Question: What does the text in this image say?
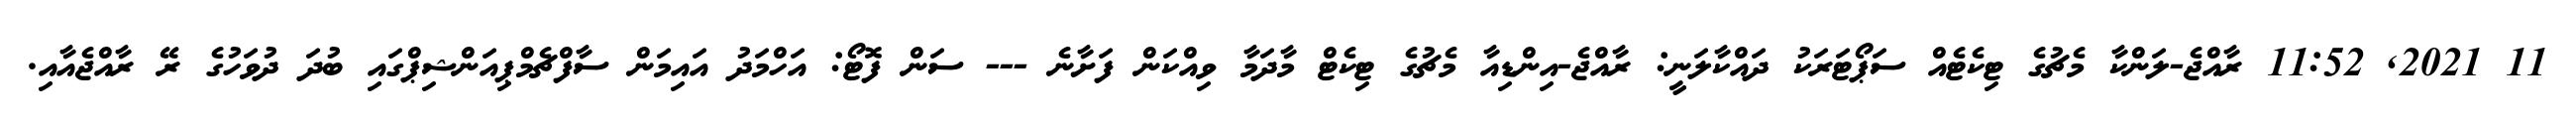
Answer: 11 2021, 11:52 ރާއްޖެ-ލަންކާ މެޗުގެ ޓިކެޓެއް ސަޕޯޓަރަކު ދައްކާލަނީ: ރާއްޖެ-އިންޑިއާ މެޗުގެ ޓިކެޓް މާދަމާ ވިއްކަން ފަށާނެ --- ސަން ފޮޓޯ: އަހްމަދު އައިމަން ސާފްޗެމްޕިއަންޝިޕްގައި ބުދަ ދުވަހުގެ ރޭ ރާއްޖެއާއި.